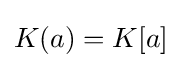
K(a)=K[a]